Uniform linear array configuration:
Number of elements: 8
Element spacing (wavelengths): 0.75
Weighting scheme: exponential
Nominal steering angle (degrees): -30
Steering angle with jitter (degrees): -31.337
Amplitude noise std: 0.05
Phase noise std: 0.05

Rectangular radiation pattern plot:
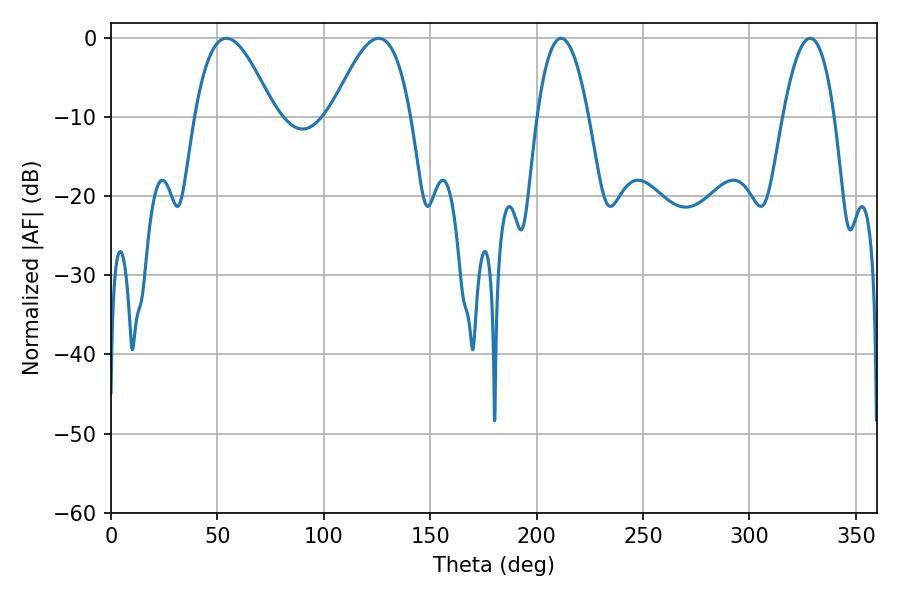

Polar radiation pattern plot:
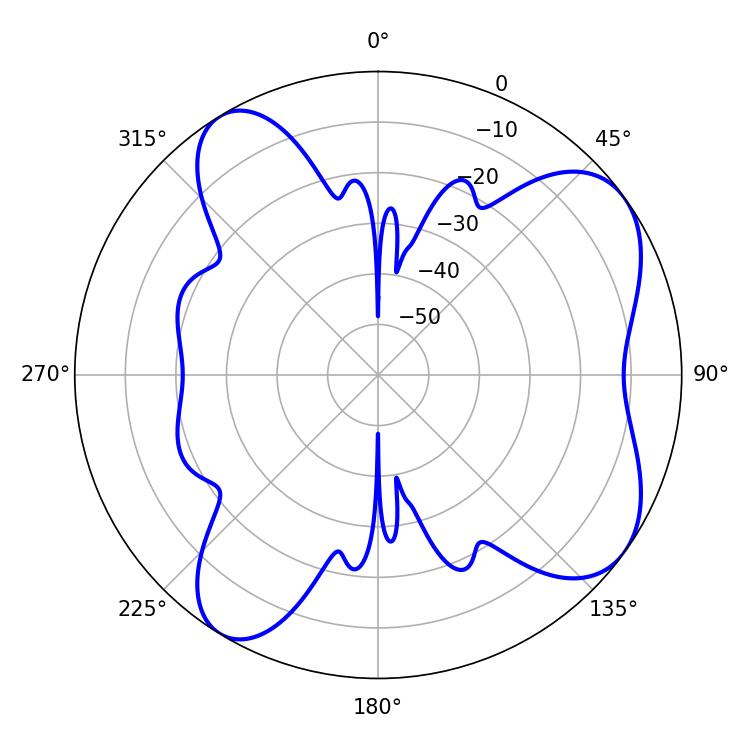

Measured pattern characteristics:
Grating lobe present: TRUE
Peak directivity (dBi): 7.142
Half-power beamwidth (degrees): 20.16
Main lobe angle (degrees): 54.18